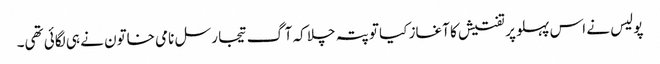
پولیس نے اس پہلو پر تفتیش کا آغاز کیا تو پتہ چلا کہ آگ تیجا رسل نامی خاتون نے ہی لگائی تھی۔